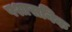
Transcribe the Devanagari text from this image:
पशासनिक